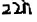
Text: 22n